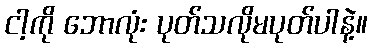
ငါ့ကို ဘောလုံး ပုတ်သလိုမပုတ်ပါနဲ့။